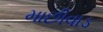
માછીવાડ